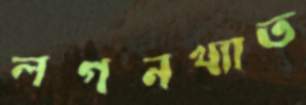
লগনখ্যাত